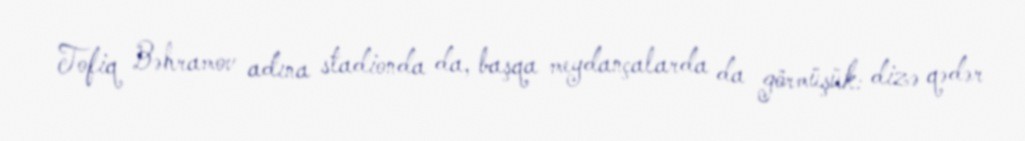
Tofiq Bəhramov adına stadionda da, başqa meydançalarda da görmüşük: dizə qədər